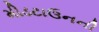
મીડટાઉનની